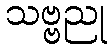
သဗ္ဗညု